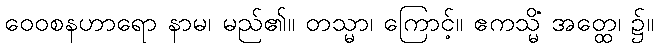
ဝေဝစနဟာရော နာမ၊ မည်၏။ တသ္မာ၊ ကြောင့်။ ဧကသ္မိံ အတ္ထေ၊ ၌။